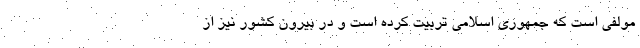
مولفی است که جمهوری اسلامی تربیت کرده است و در بیرون کشور نیز از